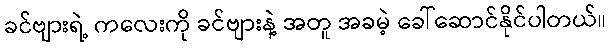
ခင်ဗျားရဲ့ ကလေးကို ခင်ဗျားနဲ့ အတူ အခမဲ့ ခေါ်ဆောင်နိုင်ပါတယ်။